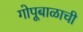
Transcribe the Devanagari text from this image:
गोपूबाळाची